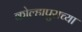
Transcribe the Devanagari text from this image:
कोल्हापुराच्या